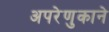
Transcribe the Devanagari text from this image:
अपरेणुकाने